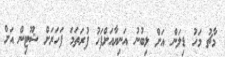
މާޗު މަހު ޑިލަން އަށް ލިބުނު އަނިޔާއަށްފަހު ފުރަތަމަ ފަހަރަށް ޝޫޓިން އަށް